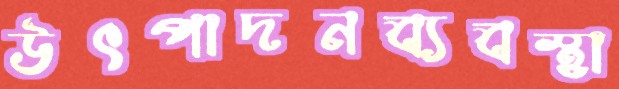
উৎপাদনব্যবস্থা